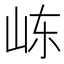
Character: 𰎏